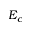
E _ { c }